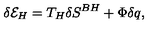
\delta { \cal E } _ { H } = T _ { H } \delta S ^ { B H } + \Phi \delta q ,